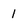
Character: 1